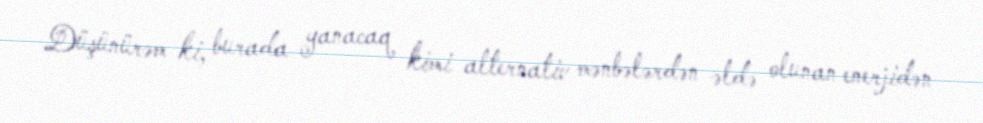
Düşünürəm ki, burada yanacaq kimi alternativ mənbələrdən əldə olunan enerjidən